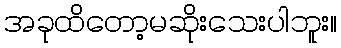
အခုထိတော့မဆိုးသေးပါဘူး။